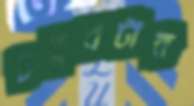
চত্বরটার